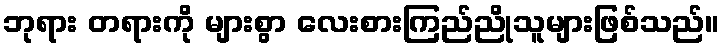
ဘုရား တရားကို များစွာ လေးစားကြည်ညိုသူများဖြစ်သည်။